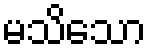
မသိသော